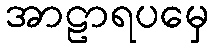
အာဠာရပမှေ